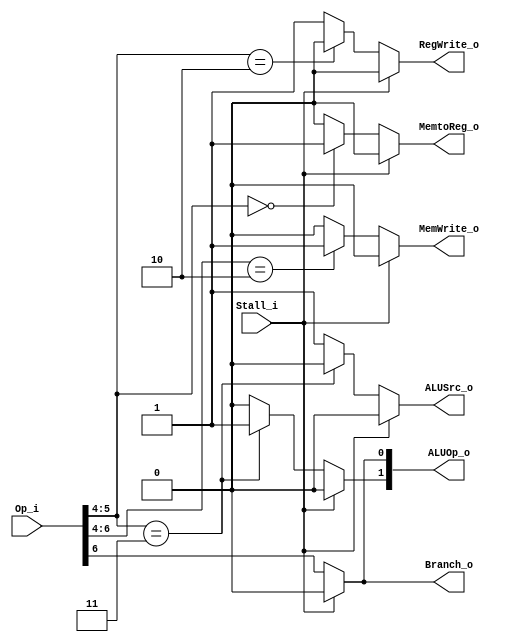
module Control
(
    Op_i,
    Stall_i,
    Branch_o,
    MemtoReg_o,
    ALUOp_o,
    MemWrite_o,
    ALUSrc_o,
    RegWrite_o
);

// Ports
input   [6:0]       Op_i;
input               Stall_i;
output              Branch_o;
output              MemtoReg_o;
output  [1:0]       ALUOp_o;
output              MemWrite_o;
output              ALUSrc_o; 
output              RegWrite_o;

reg 				Branch_o;
reg 				MemtoReg_o;
reg 	[1:0]		ALUOp_o;
reg 				MemWrite_o;
reg 				ALUSrc_o;
reg 				RegWrite_o;

// Read Data
/*assign  Branch_o = Op_i[6];   
assign  MemtoReg_o = ({Op_i[5:4],Op_i[0]} == 3'b001)? 1 : 0;   
assign  ALUOp_o[1] = (Op_i[5:4] == 2'b11)? 1 : 0;
assign  ALUOp_o[0] = Op_i[6];
assign  MemWrite_o = (Op_i[6:4] == 3'b010) ? 1 : 0; 
assign  ALUSrc_o = (Op_i[5:4] == 2'b11) ? 0 : 1;
assign  RegWrite_o = (Op_i[5:4] == 2'b10) ? 0 : 1;*/

always @* begin 
	Branch_o = (Stall_i==1) ? 0 : Op_i[6];   
	MemtoReg_o = (Stall_i==1) ? 0 : 
                 (Op_i[5:4] == 2'b00) ? 1 : 0;   
	ALUOp_o[1] = (Stall_i==1) ? 0 : 
                 (Op_i[5:4] == 2'b11) ? 1 : 0;
	ALUOp_o[0] = (Stall_i==1) ? 0 : Op_i[6];
	MemWrite_o = (Stall_i==1) ? 0 : 
                 (Op_i[6:4] == 3'b010) ? 1 : 0; 
	ALUSrc_o = (Stall_i==1) ? 0 :
               (Op_i[5:4] == 2'b11) ? 0 : 1;
	RegWrite_o = (Stall_i==1) ? 0 : 
                 (Op_i[5:4] == 2'b10) ? 0 : 1;
end 
endmodule